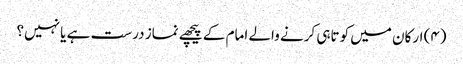
(۴) ارکان میں کوتاہی کرنے والے امام کے پیچھے نماز درست ہے یا نہیں؟